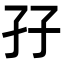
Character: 孖